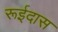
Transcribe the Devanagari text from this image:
रूईदास